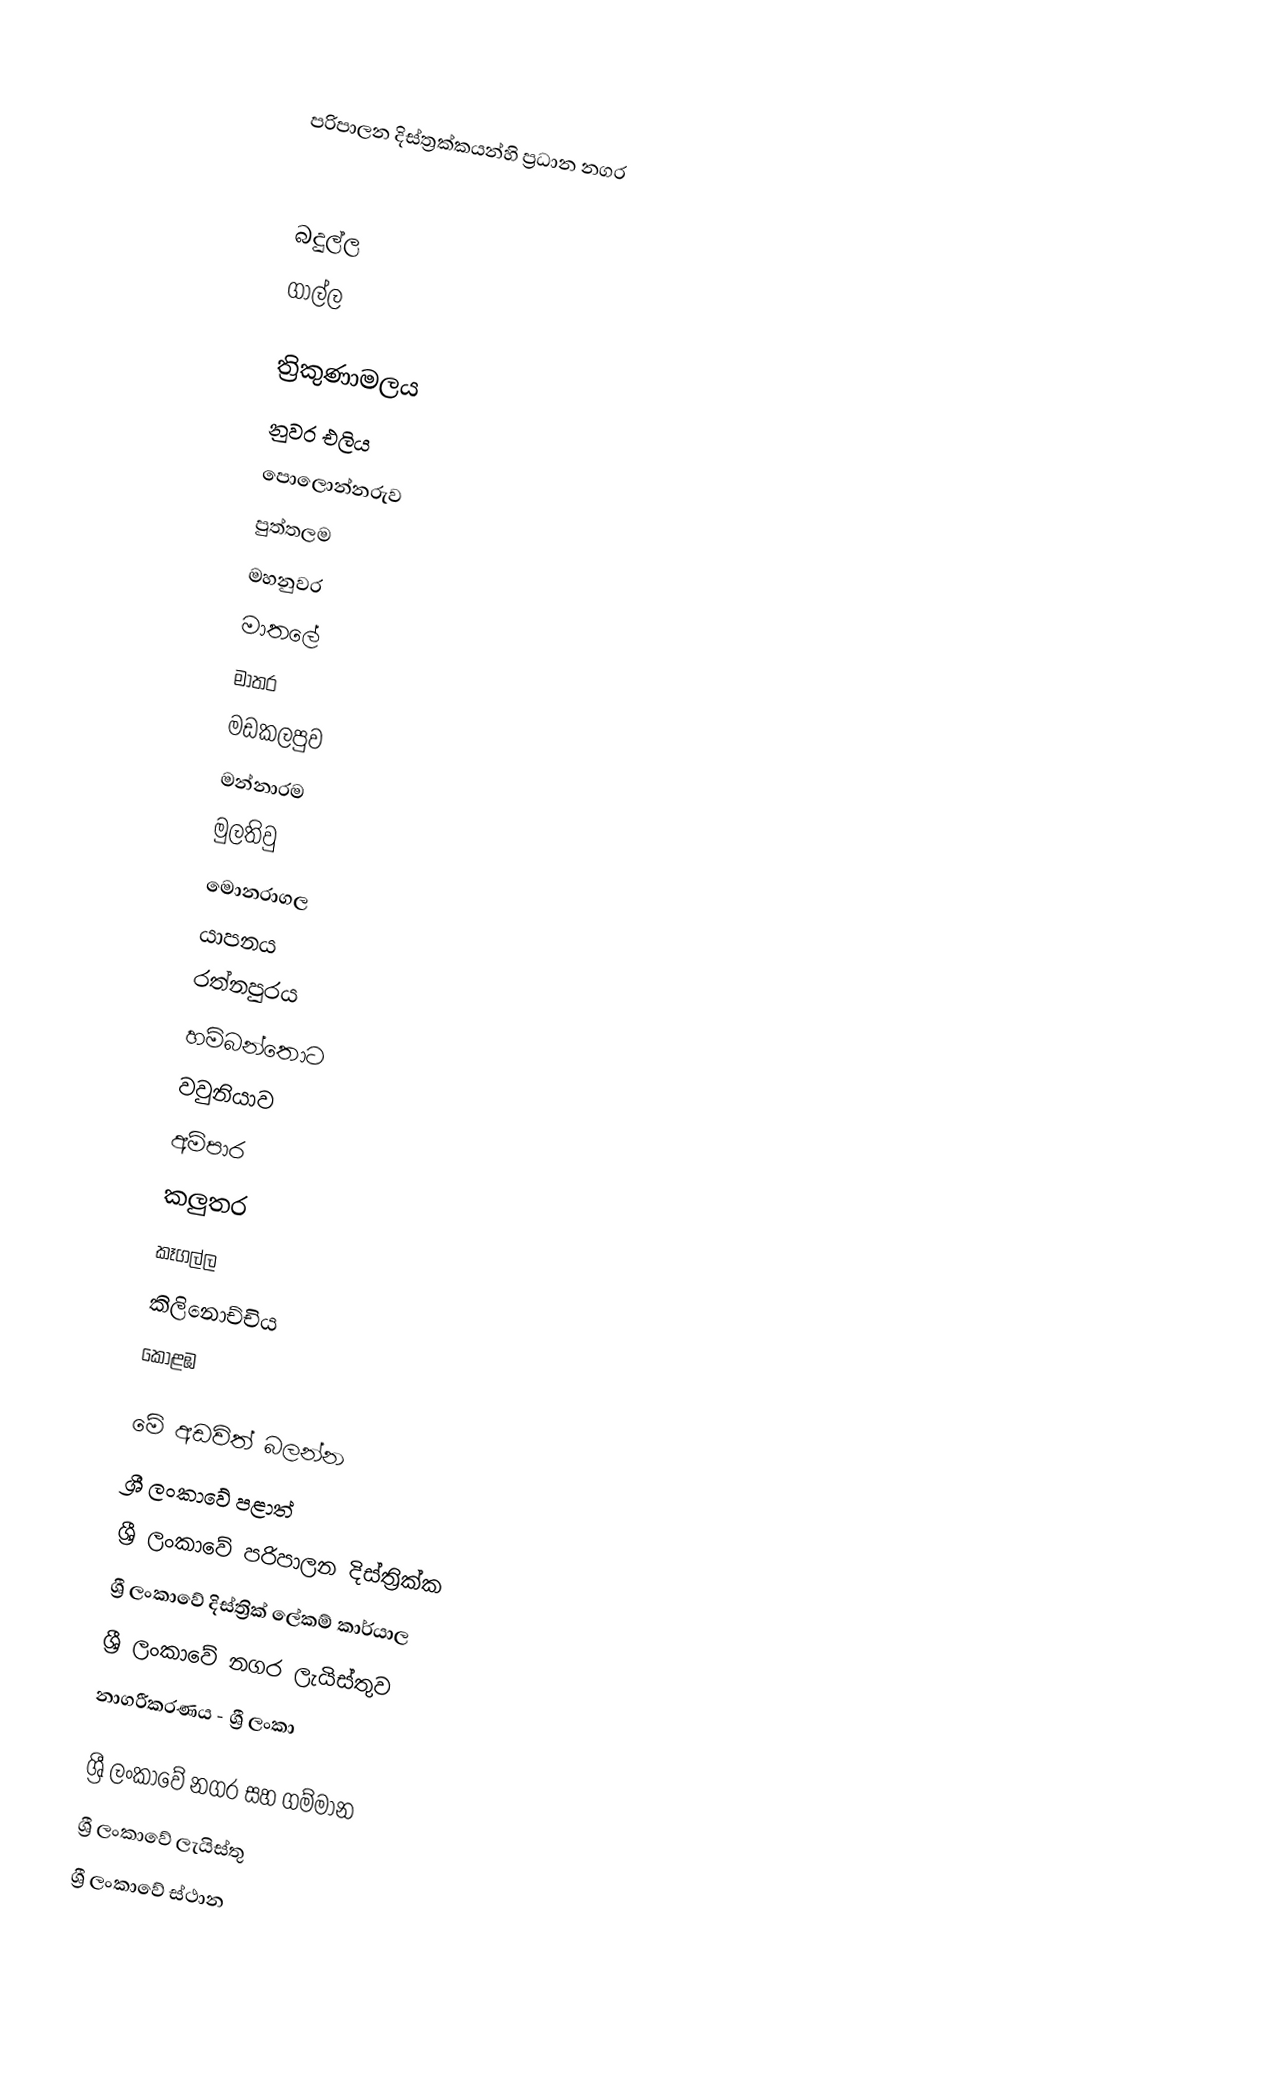

පරිපාලන දිස්ත්‍රක්කයන්හි ප්‍රධාන නගර

බදුල්ල
ගාල්ල

ත්‍රිකුණාමලය
නුවර එලිය
පොලොන්නරුව
පුත්තලම
මහනුවර
මාතලේ
මාතර
මඩකලපුව
මන්නාරම
මුලතිවු
මොනරාගල
යාපනය
රත්නපුරය
හම්බන්තොට
වවුනියාව
අම්පාර
කලුතර
කෑගල්ල
කිලිනොච්චිය
කොළඹ

මේ අඩවිත් බලන්න
 ශ්‍රී ලංකාවේ පළාත්
 ශ්‍රී ලංකාවේ පරිපාලන දිස්ත්‍රික්ක
 ශ්‍රී ලංකාවේ දිස්ත්‍රික් ලේකම් කාර්යාල
 ශ්‍රී ලංකාවේ නගර ලැයිස්තුව
 නාගරීකරණය - ශ්‍රී ලංකා

ශ්‍රී ලංකාවේ නගර සහ ගම්මාන
ශ්‍රී ලංකාවේ ලැයිස්තු
ශ්‍රී ලංකාවේ ස්ථාන